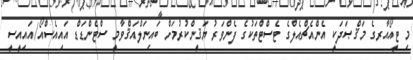
މި ޓީއޯއާރގެ މަޤްޞަދަކީ އެންއެޗްއެލްގެ ޓެސްޓްތަކުގެ ފެންވަރު ޔަޤީންކުރުމަށް ބައިނަލްއަޤްވާމީ ސްޓެންޑަޑް އައިއެސްއޯ/އައިއީސީ